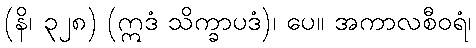
(နိ၊ ၃၂၈) (ဣဒံ သိက္ခာပဒံ)၊ ပေ။ အကာလစီဝရံ၊